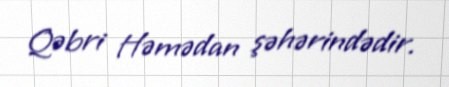
Qəbri Həmədan şəhərindədir.